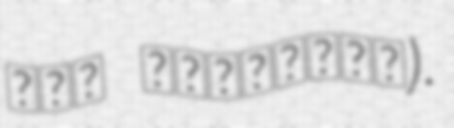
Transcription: شيخ المدربين).